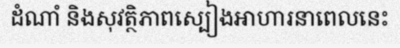
ដំណាំ និងសុវត្ថិភាពស្បៀងអាហារនាពេលនេះ